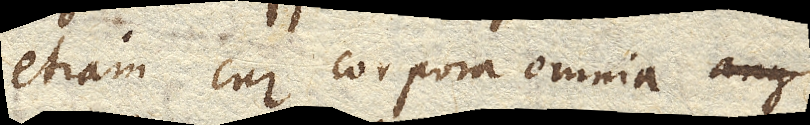
etiam cur corpora omnia